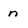
Character: n